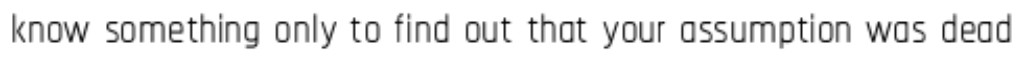
know something only to find out that your assumption was dead